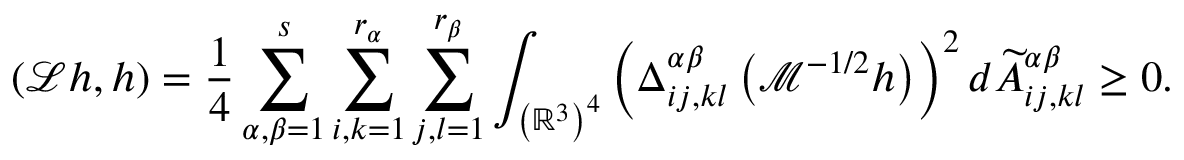
\left( \mathcal { L } h , h \right) = \frac { 1 } { 4 } \sum _ { \alpha , \beta = 1 } ^ { s } \sum _ { i , k = 1 } ^ { r _ { \alpha } } \sum _ { j , l = 1 } ^ { r _ { \beta } } \int _ { \left( \mathbb { R } ^ { 3 } \right) ^ { 4 } } \left( \Delta _ { i j , k l } ^ { \alpha \beta } \left( \mathcal { M } ^ { - 1 / 2 } h \right) \right) ^ { 2 } d \widetilde { A } _ { i j , k l } ^ { \alpha \beta } \geq 0 .